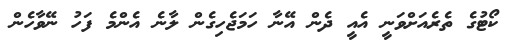
ކޯޓުގެ ތެރެއަށްވަނީ އެއީ ދެންް އޭނާ ހަމަޖެހިގެން ލާނެ އެންމެ ފަހު ނޭވާހެން